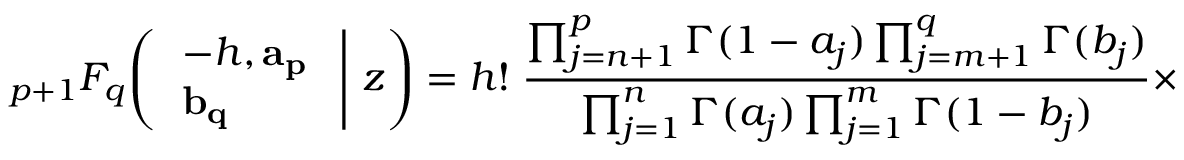
\; _ { p + 1 } F _ { q } \! \left( \left. { \begin{array} { l } { - h , \mathbf { a _ { p } } } \\ { \mathbf { b _ { q } } } \end{array} } \; \right| \, z \right) = h ! \; { \frac { \prod _ { j = n + 1 } ^ { p } \Gamma ( 1 - a _ { j } ) \prod _ { j = m + 1 } ^ { q } \Gamma ( b _ { j } ) } { \prod _ { j = 1 } ^ { n } \Gamma ( a _ { j } ) \prod _ { j = 1 } ^ { m } \Gamma ( 1 - b _ { j } ) } } \times